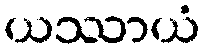
ယဿာယံ